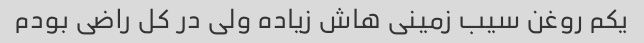
یکم روغن سیب زمینی هاش زیاده ولی در کل راضی بودم